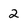
Character: 2